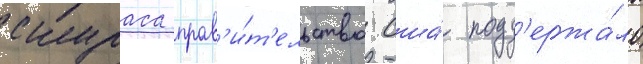
скураса прав'и́т'ельство сша́ подд'ержа́ло